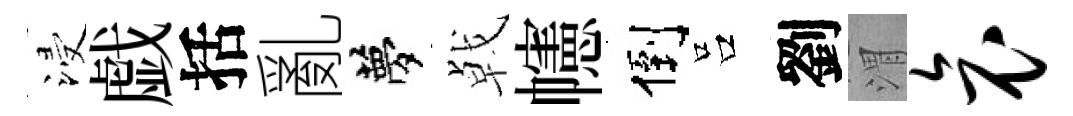
浸戯括亂夢㦸幰倒吕劉渭哀